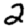
Digit: 2